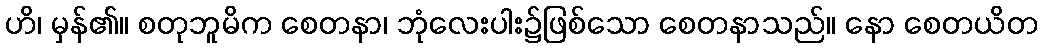
ဟိ၊ မှန်၏။ စတုဘူမိက စေတနာ၊ ဘုံလေးပါး၌ဖြစ်သော စေတနာသည်။ နော စေတယိတ